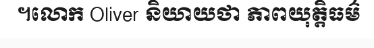
។លោក Oliver និយាយថា ភាពយុត្តិធម៌